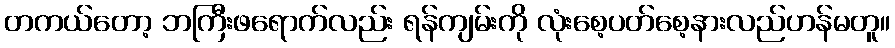
တကယ်တော့ ဘကြီးဖရောက်လည်း ရန်ကျမ်းကို လုံးစေ့ပတ်စေ့နားလည်ဟန်မတူ။